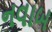
નવાબ